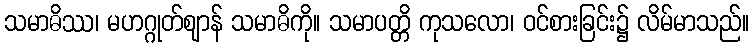
သမာဓိဿ၊ မဟဂ္ဂုတ်ဈာန် သမာဓိကို။ သမာပတ္တိ ကုသလော၊ ဝင်စားခြင်း၌ လိမ်မာသည်။